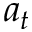
a _ { t }